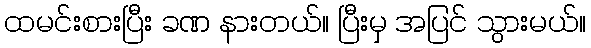
ထမင်းစားပြီး ခဏ နားတယ်။ ပြီးမှ အပြင် သွားမယ်။